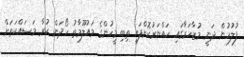
ފުލުހުން ދަނީ މުޒާހަރާގައި ހައްޔަރުކޮށްފައި ތިބި މީހުންގެ މައުލޫމާތު ހޯދަން ކުރާ މަސައްކަތަށް